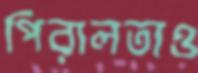
পিরালতাও